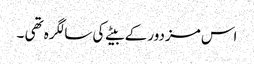
اس مزدور کے بیٹے کی سالگرہ تھی ۔